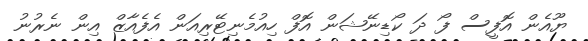
ޔޫއެން އޮފީސް ފޯ ދަ ކޯޑިނޭޝަން އޮފް ހިއުމެނިޓޭރިއަން އެފެއާޒް އިން ނެރުނު